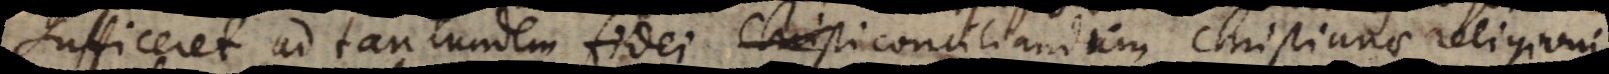
sufficeret ad tantundem fidei Christi conciliandum Christianae religioni